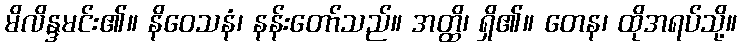
မိလိန္ဒမင်း၏။ နိဝေသနံ၊ နန်းတော်သည်။ အတ္ထိ၊ ရှိ၏။ တေန၊ ထိုအရပ်သို့။